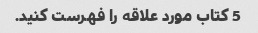
5 کتاب مورد علاقه را فهرست کنید.